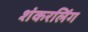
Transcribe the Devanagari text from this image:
शंकरलिंग